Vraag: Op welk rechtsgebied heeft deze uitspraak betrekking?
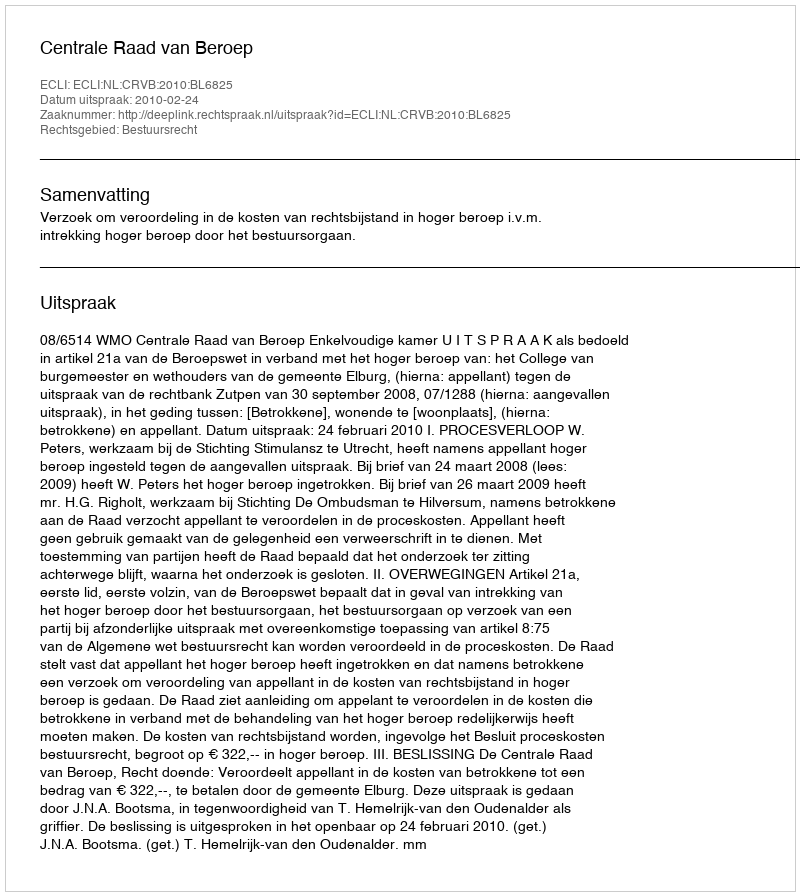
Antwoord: Bestuursrecht